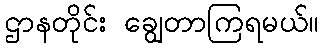
ဌာနတိုင်း ချွေတာကြရမယ်။